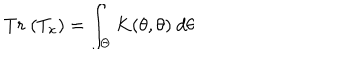
LaTeX: T r ~ ( T _ { x } ) = \int _ { \Theta } K ( \theta , \theta ) ~ d \theta